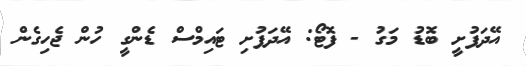
އޭދަފުށީ ބޮޑު މަގު - ފޮޓޯ: އޭދަފުށި ޓައިމްސް ޑެންގީ ހުން ޖެހިގެން